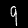
Label: 9